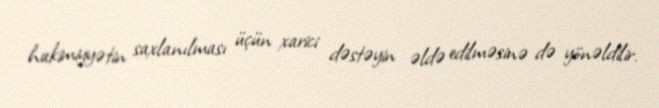
hakimiyyətin saxlanılması üçün xarici dəstəyin əldə edilməsinə də yönəldilir.